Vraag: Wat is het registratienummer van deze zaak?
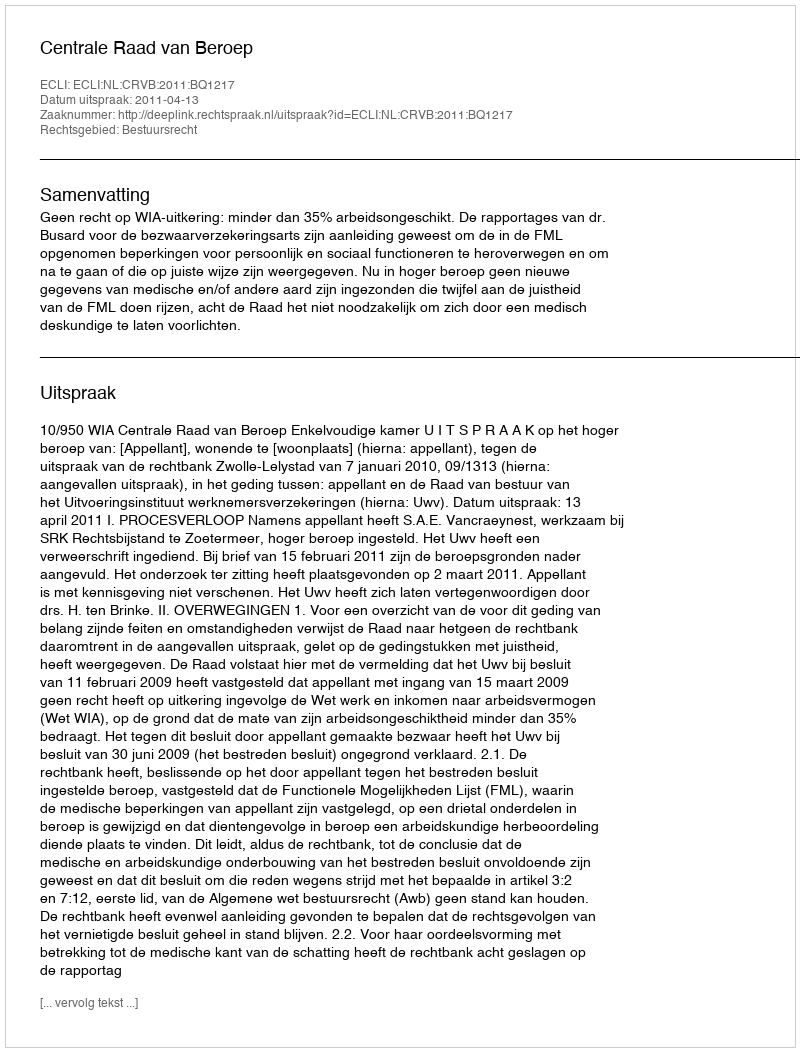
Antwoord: http://deeplink.rechtspraak.nl/uitspraak?id=ECLI:NL:CRVB:2011:BQ1217